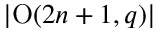
\left| \operatorname { O } ( 2 n + 1 , q ) \right|